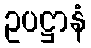
ဥပဋ္ဌာနံ